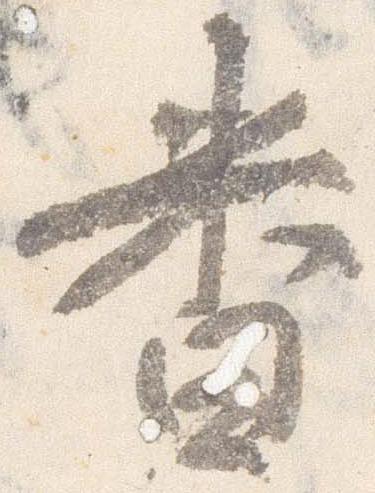
番